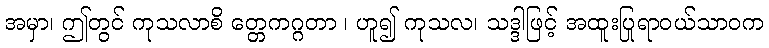
အမှာ၊ ဤတွင် ကုသလာစိ တ္တေကဂ္ဂတာ ၊ ဟူ၍ ကုသလ၊ သဒ္ဒါဖြင့် အထူးပြုရာဝယ်သာဝက